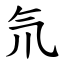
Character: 氘